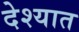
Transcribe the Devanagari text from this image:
देश्यात